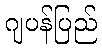
ဂျပန်ပြည်